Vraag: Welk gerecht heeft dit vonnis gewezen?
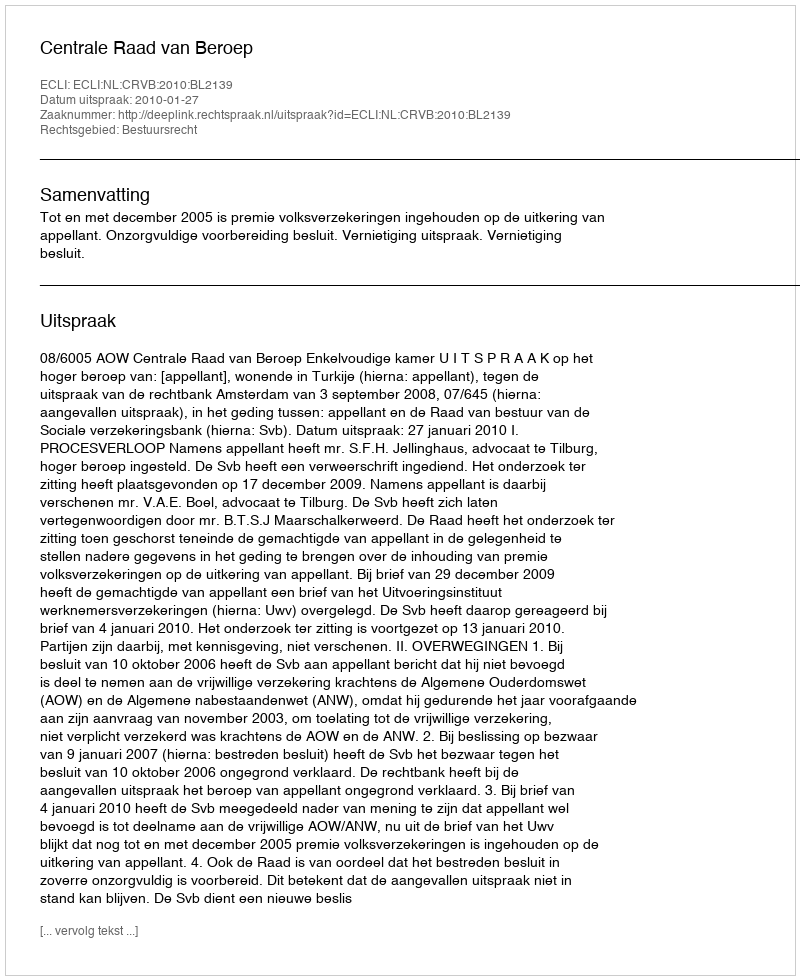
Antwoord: Centrale Raad van Beroep